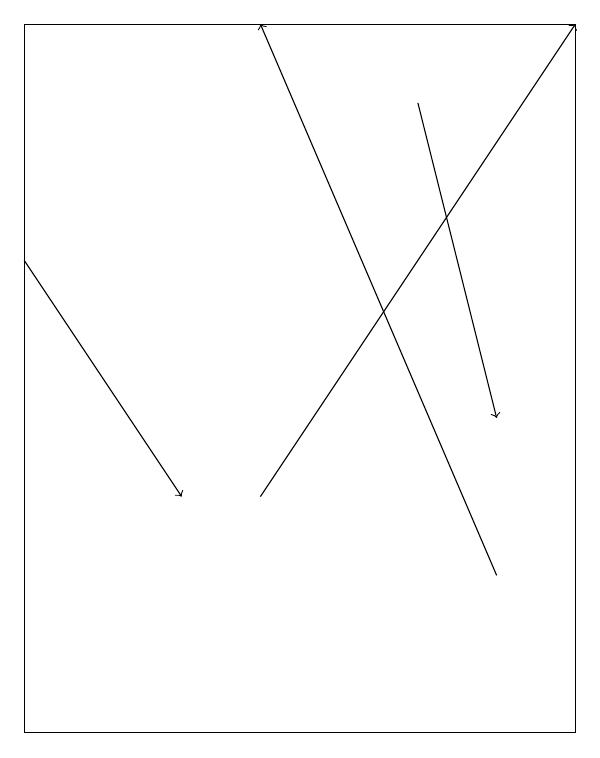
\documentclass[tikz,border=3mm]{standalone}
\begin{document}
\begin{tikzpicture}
\draw[->] (6,12) -- (3,19);
\draw[->] (5,18) -- (6,14);
\draw (0,19) rectangle (7,10);
\draw[->] (0,16) -- (2,13);
\draw[->] (3,13) -- (7,19);
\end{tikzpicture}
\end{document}